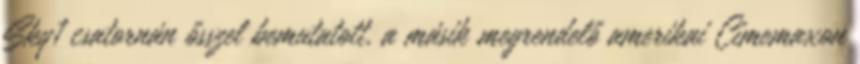
Sky1 csatornán ősszel bemutatott, a másik megrendelő amerikai Cimemaxon